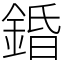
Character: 錉